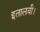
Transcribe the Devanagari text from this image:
इतालवी।